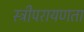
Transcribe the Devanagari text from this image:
स्त्रीपरायणता